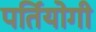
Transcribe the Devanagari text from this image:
पर्तियोगी